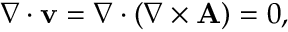
\nabla \cdot \mathbf { v } = \nabla \cdot ( \nabla \times \mathbf { A } ) = 0 ,